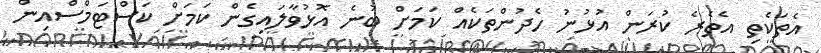
އެތަކެތި އެތެރެ ކުރަން އުޅުނު ހެދުންތަކެއް ކަމަށް ބުނެ އޮޅުވާލައިގެން ކަމަށް ކަސްޓަމްސްއިން